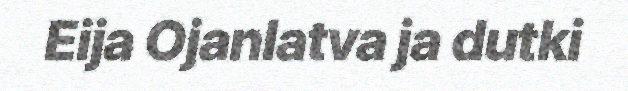
Eija Ojanlatva ja dutki